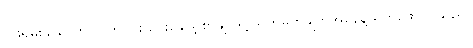
ငှားရမ်းခ ငွေကို လက်ငင်း ပေးချေဖို့ စာချုပ်ရဲ့ သတ်မှတ်ချက်အနေနဲ့ထုတ်ဖော် ပြသည်။